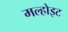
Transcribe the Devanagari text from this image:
मल्होइट